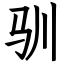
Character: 驯